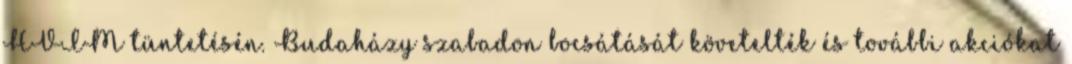
HVIM tüntetésén. Budaházy szabadon bocsátását követelték és további akciókat